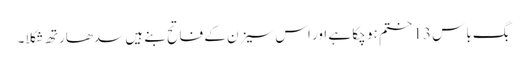
بگ باس 13 ختم ہو چکا ہے اور اس سیزن کے فاتح بنے ہیں سدھارتھ شکلا۔